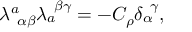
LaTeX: \lambda _ { ~ \alpha \beta } ^ { a } \lambda _ { a } ^ { ~ \beta \gamma } = - C _ { \rho } \delta _ { \alpha } ^ { ~ \gamma } ,